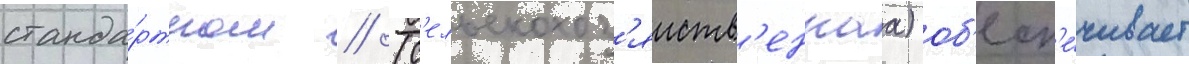
станда́ртном // (с'ельскохоз'яиств'еннаа) об'есп'е́чивает